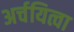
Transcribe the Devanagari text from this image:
अर्चयित्वा